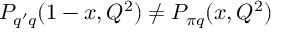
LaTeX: { \cal P } _ { q ^ { \prime } q } ( 1 - x , Q ^ { 2 } ) \not = { \cal P } _ { \pi q } ( x , Q ^ { 2 } )